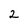
Character: 2